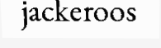
jackeroos